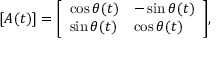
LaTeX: [ A ( t ) ] = { \left[ \begin{array} { l l } { \cos \theta ( t ) } & { - \sin \theta ( t ) } \\ { \sin \theta ( t ) } & { \cos \theta ( t ) } \end{array} \right] } ,